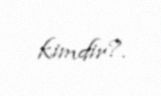
kimdir?.